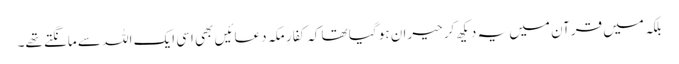
بلکہ میں قرآن میں یہ دیکھ کر حیران ہو گیا تھا کہ کفارِ مکہ دعائیں بھی اسی ایک اللہ سے مانگتے تھے۔